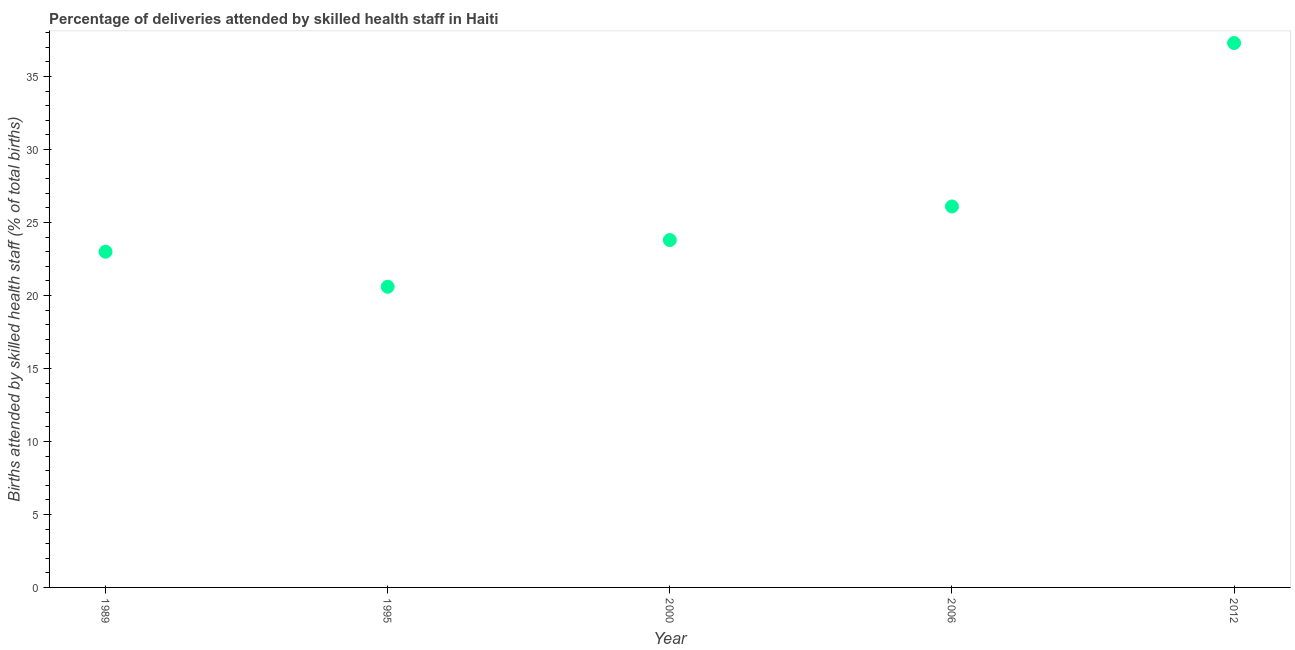
| Year | Births attended by skilled health staff |
 | --- | --- |
 | 1989 | 23 |
 | 1995 | 20.6 |
 | 2000 | 23.8 |
 | 2006 | 26.1 |
 | 2012 | 37.3 |